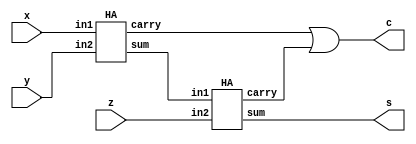
//code for full adder
module FA (s, c, x, y, z);
  input  x, y, z;
  output s, c;
  
  wire w1, w2, w3;
  
  HA H1 ( w1, w2, x, y ); //instantiating halfadder
  HA H2 ( s, w3, w1, z );
  or G2 ( c, w2, w3 );
  
endmodule



// code for half adder
module HA ( sum, carry, in1, in2 );
  input in1,in2;
  output sum,carry;
  
  xor G0 (sum, in1, in2);
  and G1 (carry, in1, in2);
  
endmodule